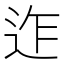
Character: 迮